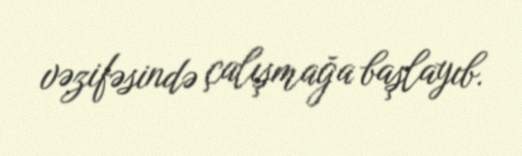
vəzifəsində çalışmağa başlayıb.